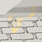
شيء